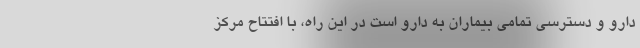
دارو و دسترسی تمامی بیماران به دارو است در این راه، با افتتاح مرکز